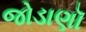
જોડાણૉ